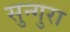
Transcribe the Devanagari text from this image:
सुन्गुरा